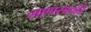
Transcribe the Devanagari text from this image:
माणसाचंही